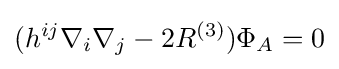
(h^{ij}\nabla _{i}\nabla _{j}-2R^{(3)})\Phi _{A}=0